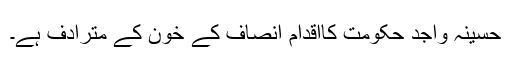
حسینہ واجد حکومت کااقدام انصاف کے خون کے مترادف ہے۔